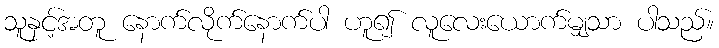
သူနှင့်အတူ နောက်လိုက်နောက်ပါ ဟူ၍ လူလေးယောက်မျှသာ ပါသည်။